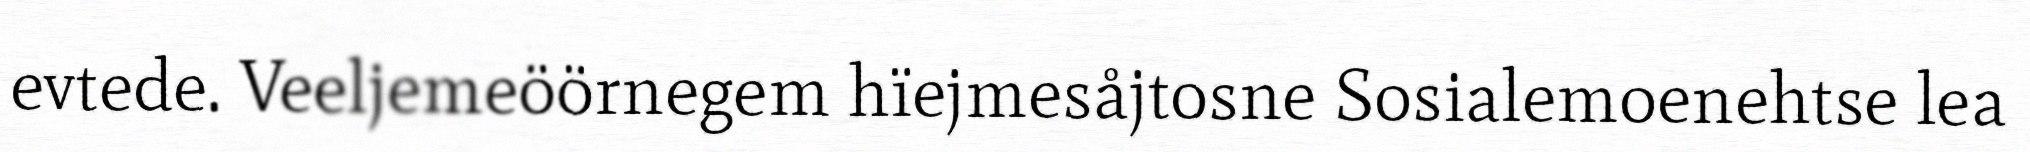
evtede. Veeljemeöörnegem hïejmesåjtosne Sosialemoenehtse lea